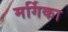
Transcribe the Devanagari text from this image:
मर्गिका